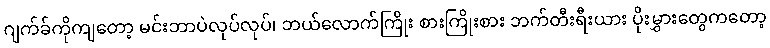
ဂျက်ခ်ကိုကျတော့ မင်းဘာပဲလုပ်လုပ်၊ ဘယ်လောက်ကြိုး စားကြိုးစား ဘက်တီးရီးယား ပိုးမွှားတွေကတော့